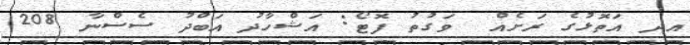
އދ އަތޮޅުގެ ރަށެއް  ވަގުތު ފޮޓޯ: އަޝްހާދު އަބްދު ސެސްނާ 208